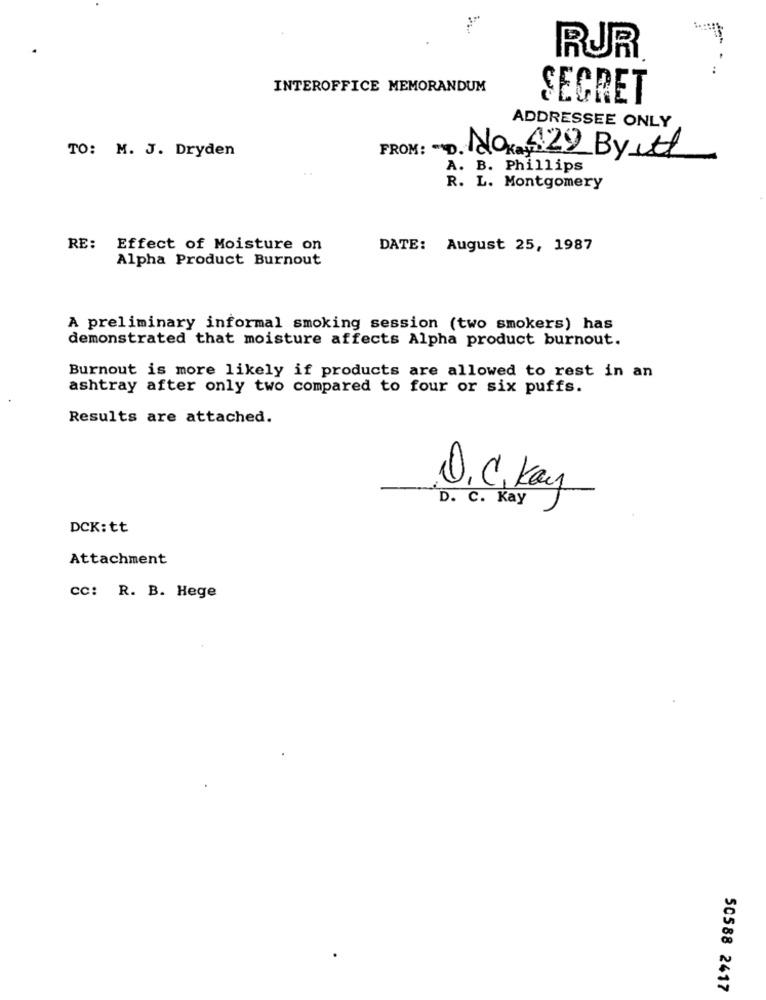
RUR
INTEROFFICE MEMORANDUM
SECRET
ADDRESSEE ONLY
TO: M. J. Dryden
FROM: D. Noxa 429 Byitt
..
A. B. Phillips
R. L. Montgomery
RE:
Effect of Moisture on
DATE: August 25, 1987
Alpha Product Burnout
A preliminary informal smoking session (two smokers) has
demonstrated that moisture affects Alpha product burnout.
Burnout is more likely if products are allowed to rest in an
ashtray after only two compared to four or six puffs.
Results are attached.
D. C. Kay
O.C. Kay
DCK:tt
Attachment
cc: R. B. Hege
50588 2417